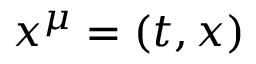
x ^ { \mu } = ( t , x )